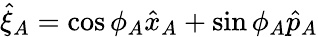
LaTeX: \hat{\xi}_{A}=\cos\phi_{A}\hat{x}_{A}+\sin\phi_{A}\hat{p}_{A}